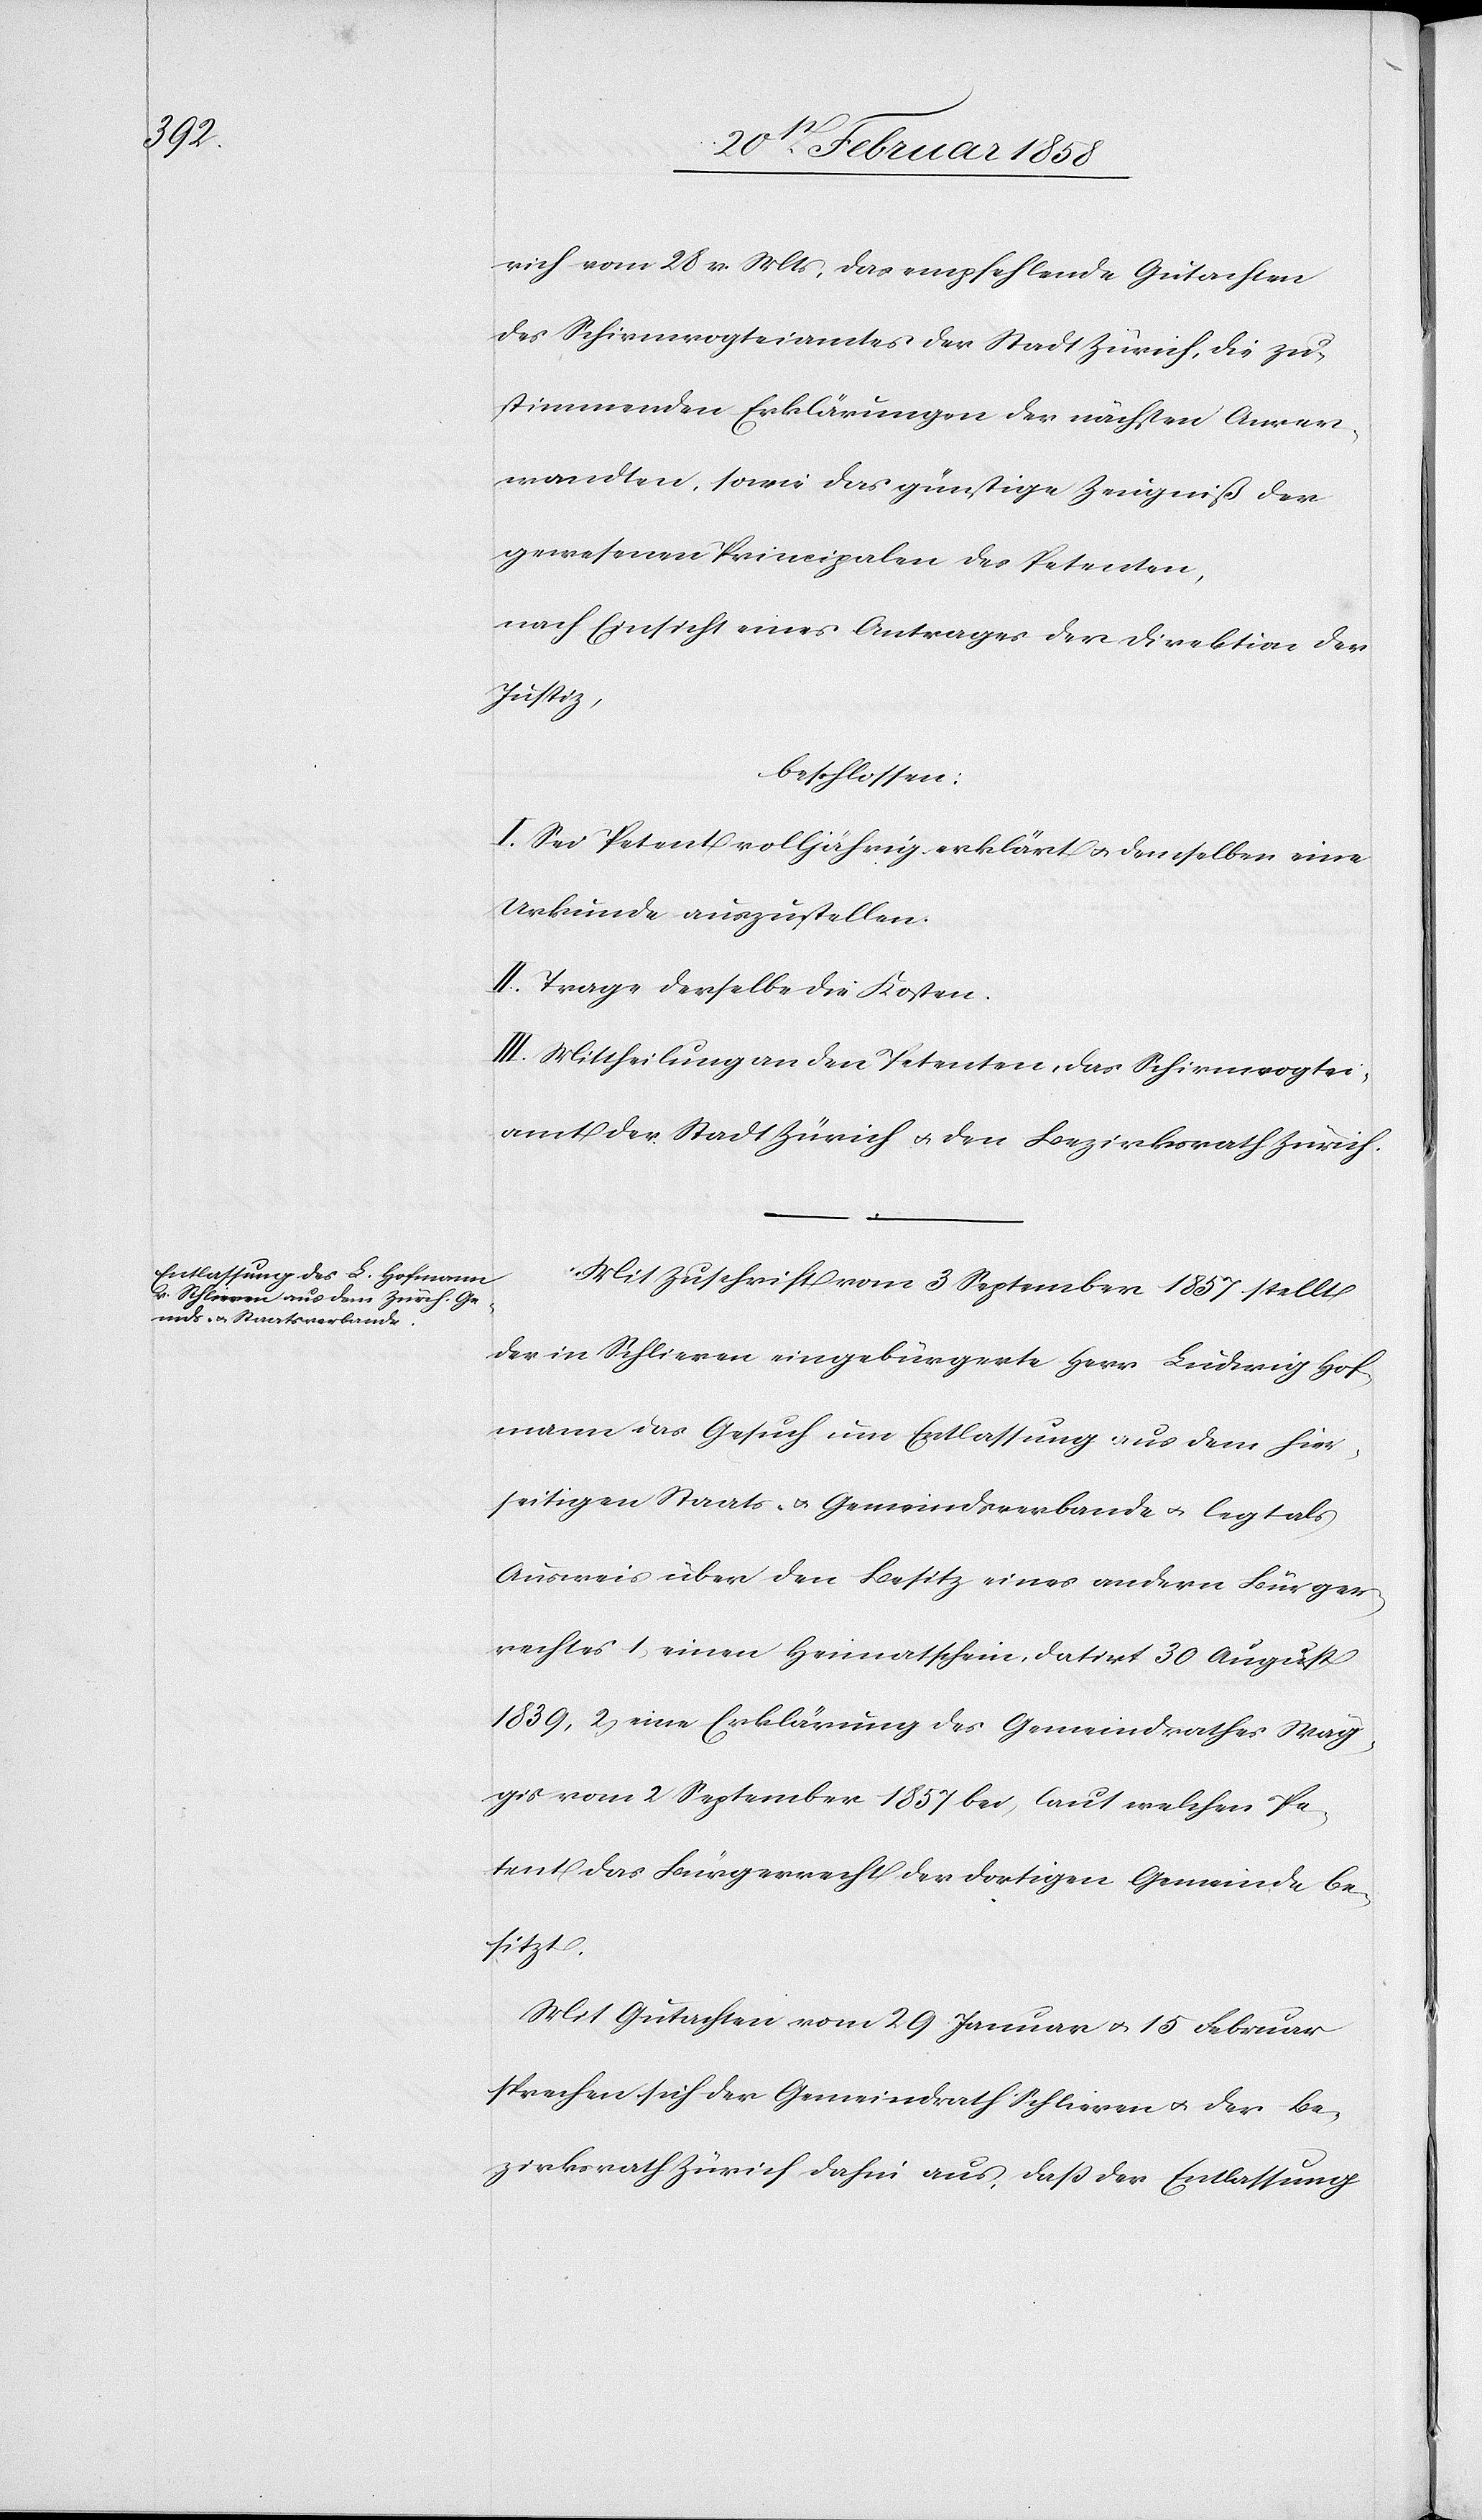
rich vom 28 v. Mts, das empfehlende Gutachten
des Schirmvogteiamtes der Stadt Zürich, die zu¬
stimmenden Erklärungen der nächsten Anver¬
wandten, sowie das günstige Zeugniß der
gewesenen Principalen des Petenten,
nach Einsicht eines Antrages der Direktion der
Justiz,
beschlossen:
I. Sei Petent volljährig erklärt u. demselben eine
Urkunde auszustellen.
II. Trage derselbe die Kosten.
III. Mittheilung an den Petenten, das Schirmvogtei¬
amt der Stadt Zürich u. den Bezirksrath Zürich.
Mit Zuschrift vom 3 September 1857 stellt
der in Schlieren eingebürgerte Herr Ludwig Hof¬
mann das Gesuch um Entlassung aus dem hier¬
seitigen Staats- u. Gemeindsverbande u. legt als
Ausweis über den Besitz eines andern Bürger¬
rechts 1. einen Heimatschein, datirt 30 August
1839, 2. eine Erklärung des Gemeindrathes Wäg¬
gis vom 2 September 1857 bei, laut welchen Pe¬
tent das Bürgerrecht der dortigen Gemeinde be¬
sitzt.
Mit Gutachten vom 29 Januar u. 15 Februar
sprechen sich der Gemeindrath Schlieren u. der Be¬
zirksrath Zürich dahin aus, daß der Entlassung